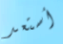
أستعد